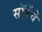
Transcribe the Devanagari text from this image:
सॉर्बेचे